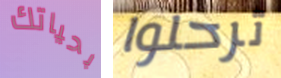
بحياتك ترحلوا